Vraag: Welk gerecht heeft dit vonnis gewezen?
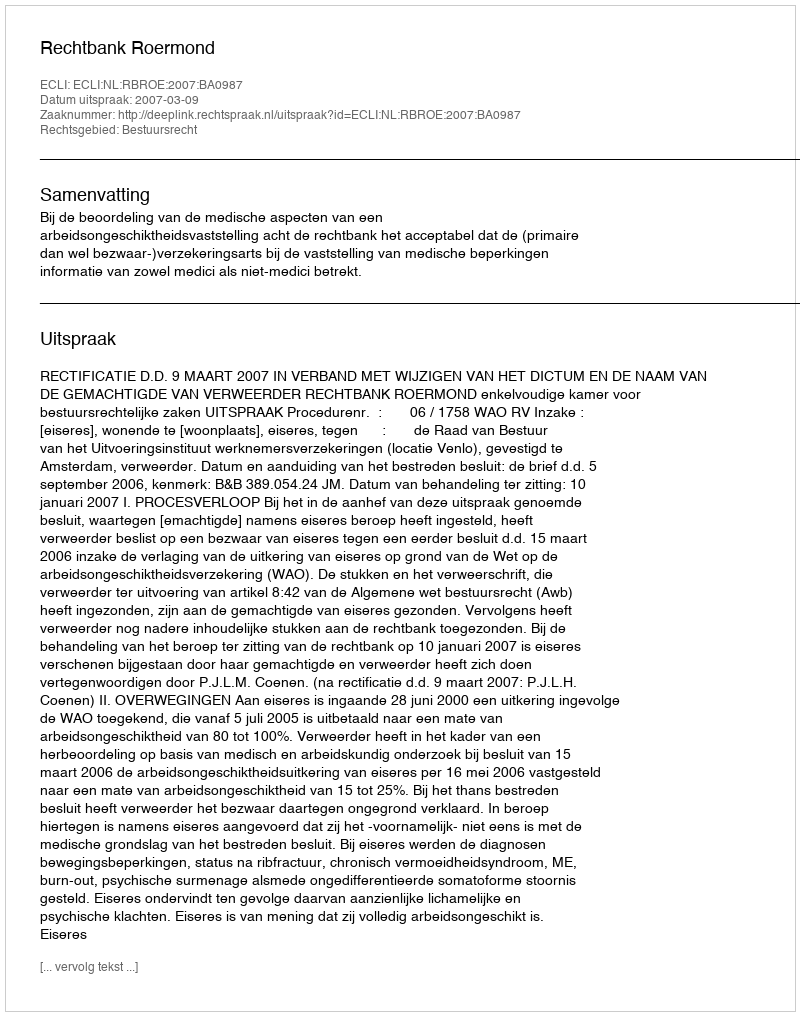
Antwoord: Rechtbank Roermond